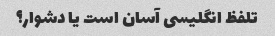
تلفظ انگلیسی آسان است یا دشوار؟